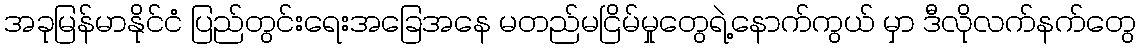
အခုမြန်မာနိုင်ငံ ပြည်တွင်းရေးအခြေအနေ မတည်မငြိမ်မှုတွေရဲ့နောက်ကွယ် မှာ ဒီလိုလက်နက်တွေ